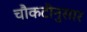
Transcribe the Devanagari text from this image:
चौकटीनुसार